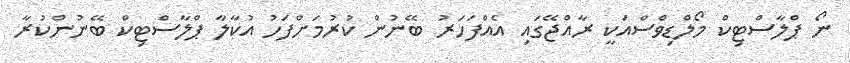
ނޯ ޕްލާސްޓިކް މޯލްޑިވްސްއަކީ ރާއްޖޭގައި އެއްފަހަރު ބޭނުން ކުރުމަށްފަހު އުކާލާ ޕްލާސްޓިކް ބޭނުންކުރާ